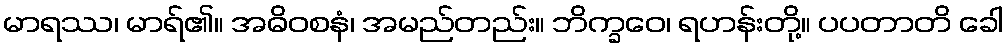
မာရဿ၊ မာရ်၏။ အဓိဝစနံ၊ အမည်တည်း။ ဘိက္ခဝေ၊ ရဟန်းတို့။ ပပတာတိ ခေါ